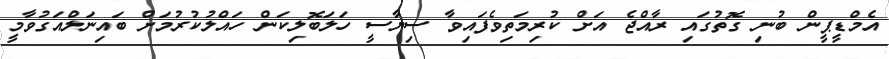
އެމްޑީޕީން ބުނި ގޮތުގައި ރާއްޖެ އަށް ކުރިމަތިވެފައިވާ ސިޔާސީ ހަލަބޮލިކަން ހައްލުކުރުމަށް ބައިނަލްއަގުވާމީ